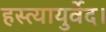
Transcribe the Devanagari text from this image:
हस्त्यायुर्वेद।